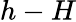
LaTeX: h-H